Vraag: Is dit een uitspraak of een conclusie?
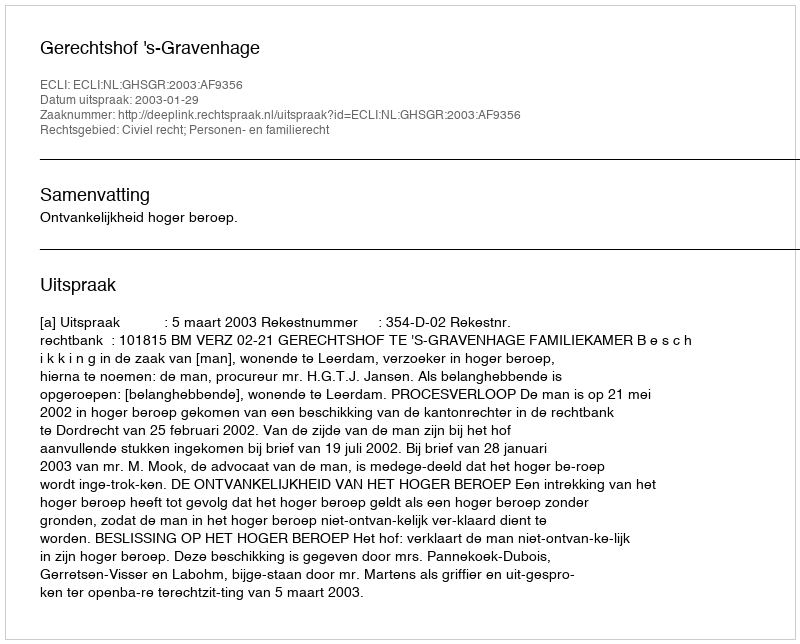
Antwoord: Uitspraak